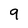
Character: 9